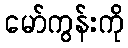
မော်ကွန်းကို